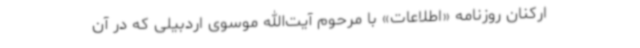
ارکنان روزنامه «اطلاعات» با مرحوم آیت‌الله موسوی اردبیلی که در آن